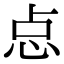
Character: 㤐